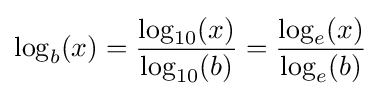
\log _{b}(x)={\frac {\log _{10}(x)}{\log _{10}(b)}}={\frac {\log _{e}(x)}{\log _{e}(b)}}